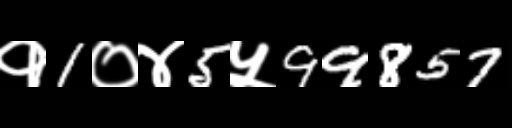
Text: १1०४5५99857